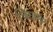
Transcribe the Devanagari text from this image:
जिसकए